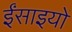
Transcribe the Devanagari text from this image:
ईंसाइयों